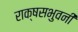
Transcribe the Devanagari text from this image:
राक्षसभुवनी